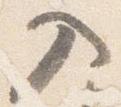
入